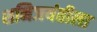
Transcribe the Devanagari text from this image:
शनिजयंतीला